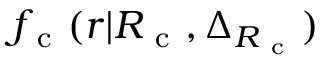
{ f _ { \mathrm { ~ c ~ } } } ( r | { R _ { \mathrm { ~ c ~ } } } , \Delta _ { { R _ { \mathrm { ~ c ~ } } } } )